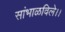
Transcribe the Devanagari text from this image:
सांभाळविले।।